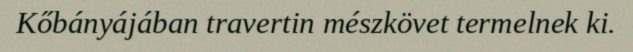
Kőbányájában travertin mészkövet termelnek ki.